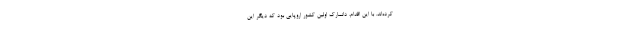
کرده‌اند. با این اقدام، دانمارک اولین کشور اروپایی بود که دیگر این